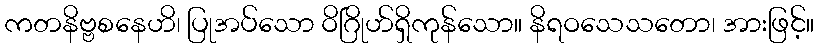
ကတနိဗ္ဗစနေဟိ၊ ပြုအပ်သော ဝိဂြိုဟ်ရှိကုန်သော။ နိရဝသေသတော၊ အားဖြင့်။